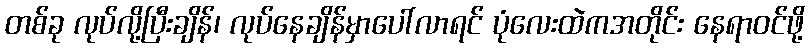
တစ်ခု လုပ်လို့ပြီးချိန်၊ လုပ်နေချိန်မှာပေါ်လာရင် ပုံလေးထဲကအတိုင်း နေရာဝင်ဖို့